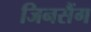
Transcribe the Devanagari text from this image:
जिनसैंग